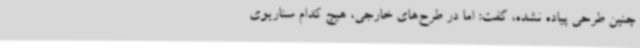
چنین طرحی پیاده نشده، گفت: اما در طرح‌های خارجی، هیچ کدام سناریوی